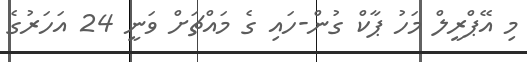
މި އޭޕްރީލް މަހު ޕާކް ގުން-ހައި ގެ މައްޗަށް ވަނީ 24 އަހަރުގެ